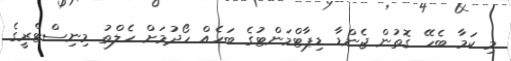
މި ކަމާ ބެހޭ ގޮތުން ޖެންޑާ ޑިޕާޓްމަންޓުގެ ބަހެއް ހޯދުމަށް ހެލްތު މިނިސްޓްރީގެ